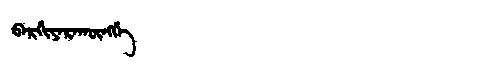
Manchu: ᠪᠠᡵᡤᡳᠶᠠᡵᠠᡴᡡᠩᡤᡝ
Romanization: BARGIYARAKŪNGGE